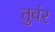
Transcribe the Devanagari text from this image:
तुवंर